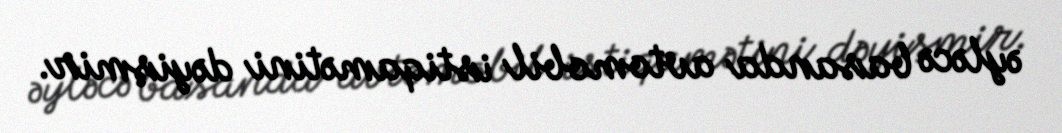
əyləcə basanda avtomobil istiqamətini dəyişmir.